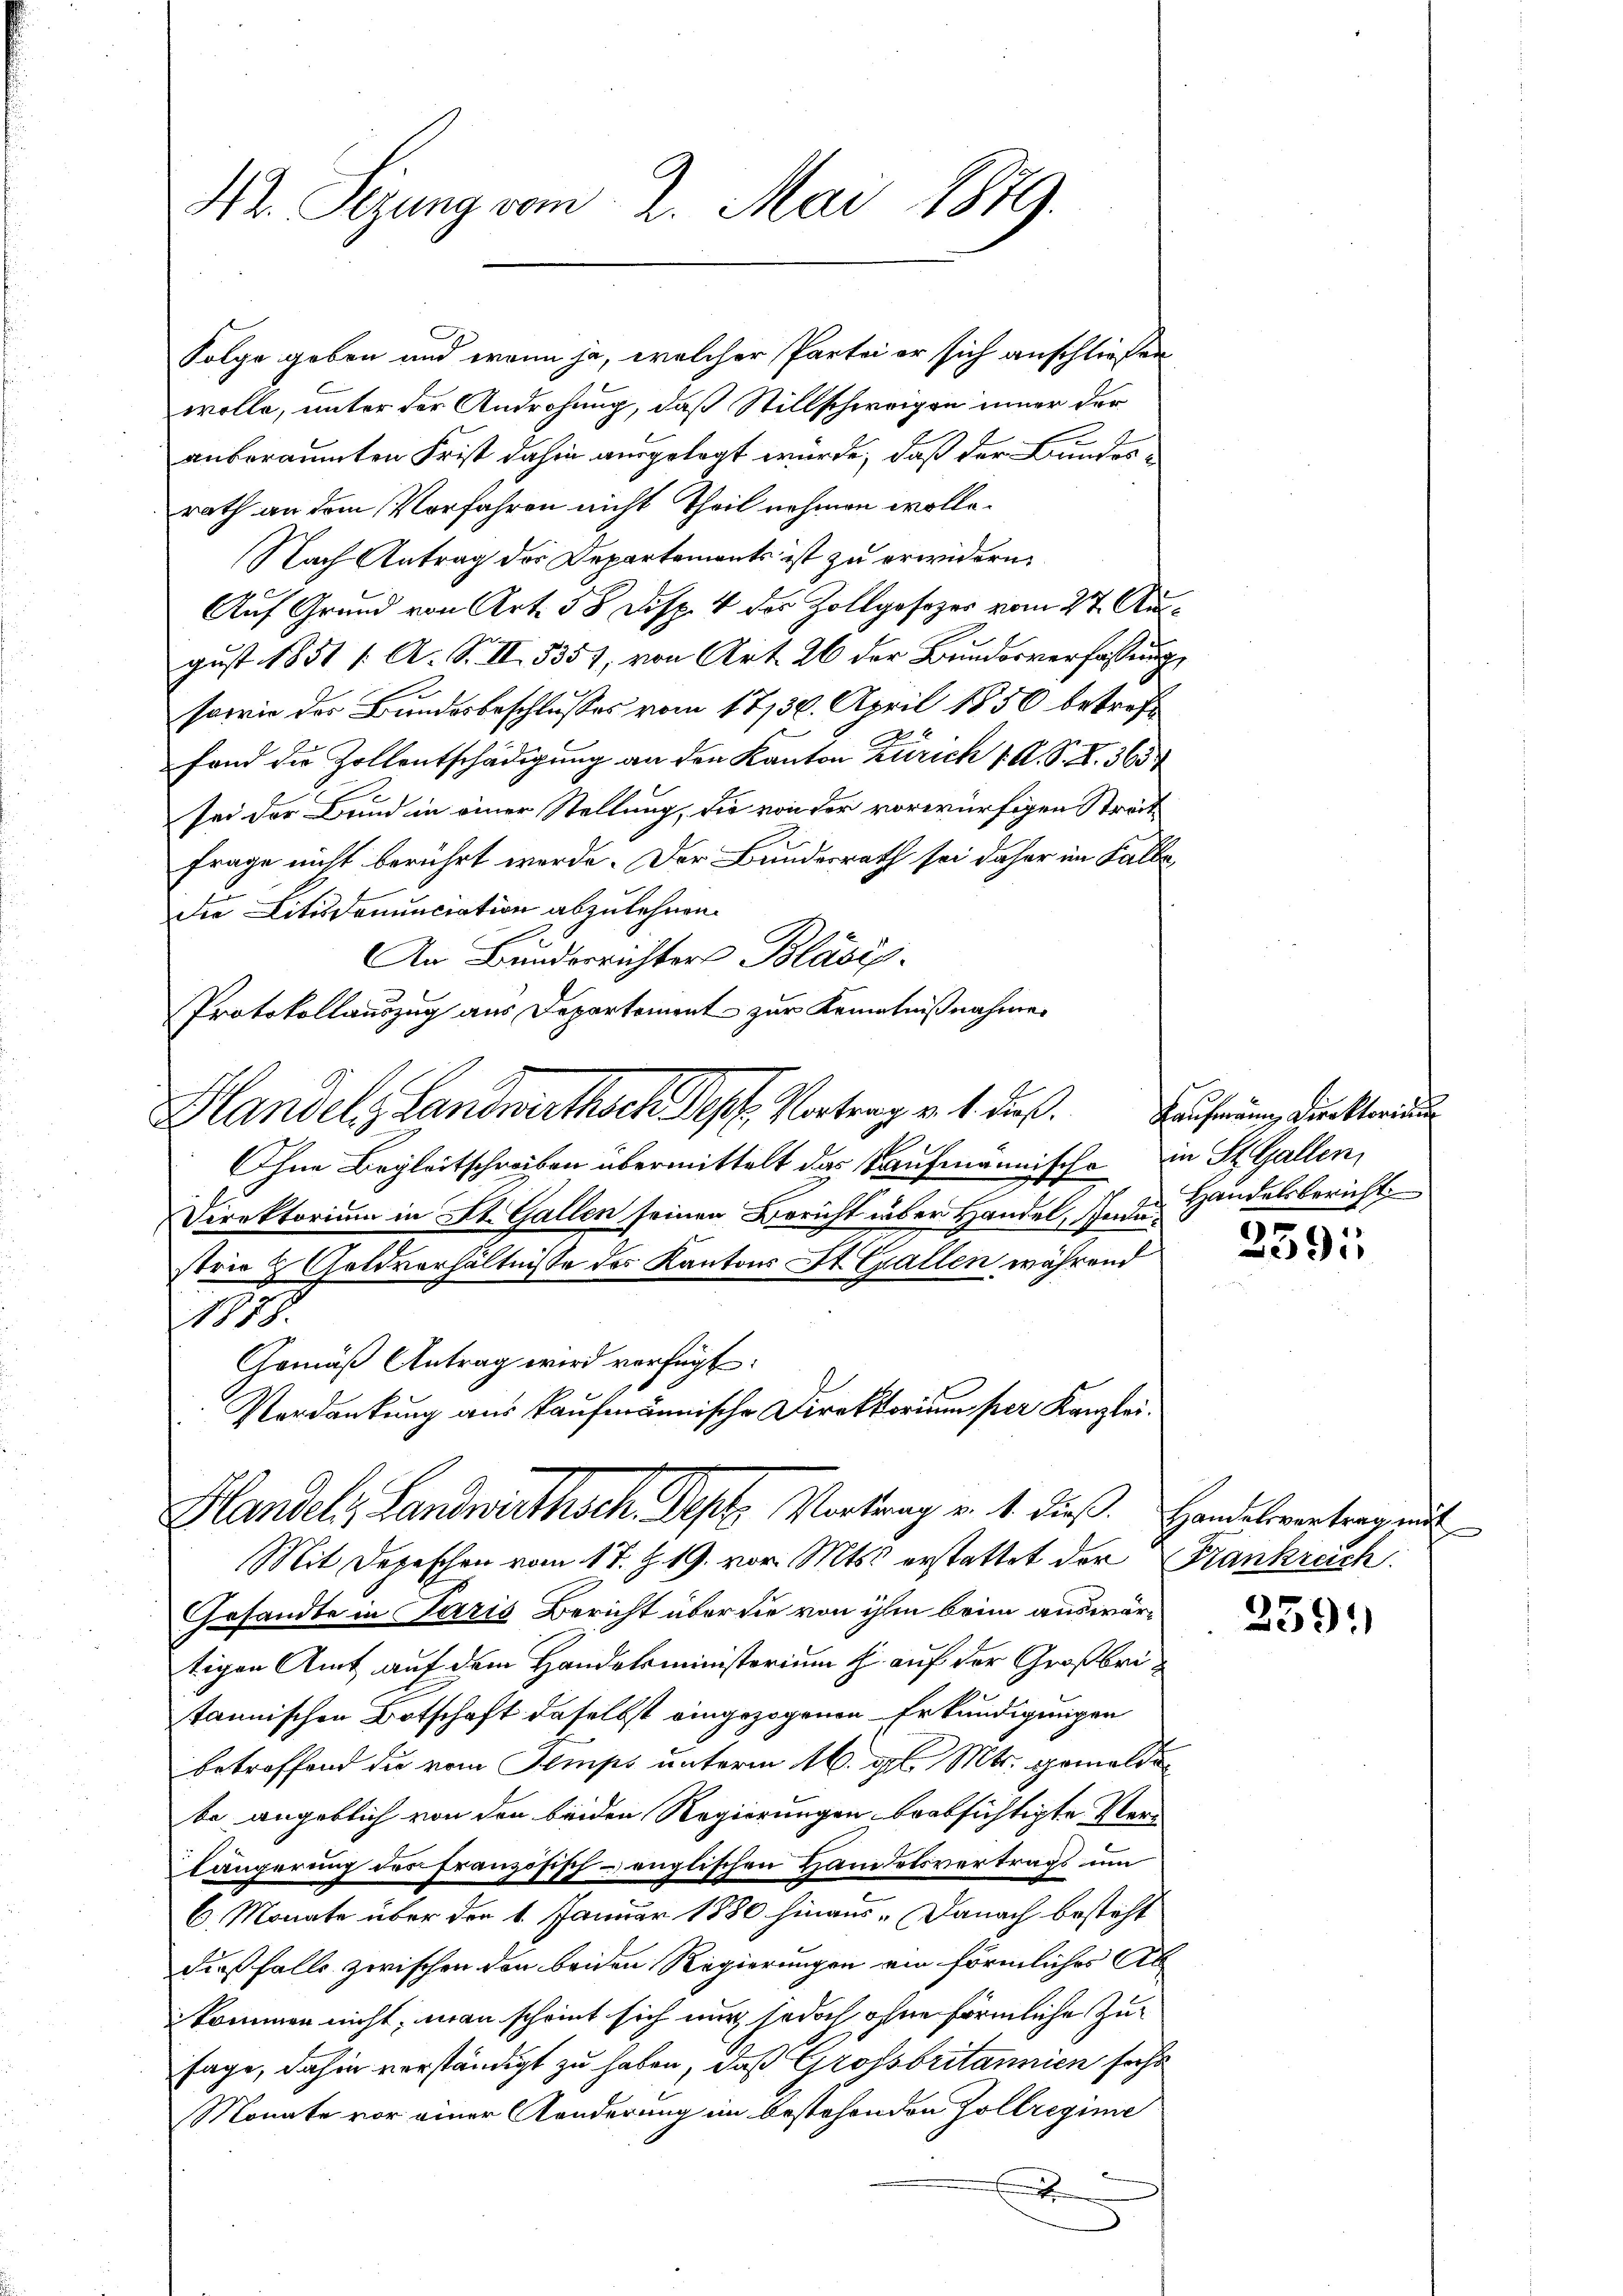
Folge geben und wenn ja, welcher Partei er sich anschließen
wolle, unter der Androhung, daß Stillschweigen inner der
anberaumten Frist dahin ausgelegt würde, daß der Bunderrath an dem Vorfahren nicht Theil nehmen wolle.
Nach Antrag der Departements ist zu erwidern.
Auf Grund von Art. 58 Disp. 4 der Zollgesezer vom 27. Ausgust 1851 f. A. S. II 5357, von Art. 26 der Bundesverfassung,
sowie des Bundesbeschlusses vom 17/30. April 1850 betreffand die Zollentschädigung an den Kanton Zürich 1. A. S. Z. 365
sei der Bund in einer Stellung, die von der vorwürfigen Streit
frage nicht berührt werde. Der Bundesrath sei daher im Falle
die Litisdonunciation abzulehnen.
An Bunderrichters Blasis.
Protokollauszug aus Departement zur Kenntnißnahme
Hlandels Landwirthsche Sept. Vortrag v. 1. dieß.
hne Begleitschreiben übermittelt das Kaufmännische in St. Gallen,
Direktorium in St. Gallen seinen Bericht über Handel, Indes Handelsbericht
strie & Geldverhältnisse des Kantons St. Gallen während
11878.
Gemäß Antrag wird verfügt:
Verdankung aus kaufmännische Direktorium per Kanzlei.
Flandeli, Landwirthsch. Sept. Vortrag v. 4. dieß. Handelsvertrag an

Hr. Sizung vom 2. Mai 1879.

Mit Depeschen vom 17. Z. 19. vor. Mts. erstattet der Frankrech
Gesandte in Paris Bericht über die von ihm beim auswärtigen Amt auf dem Handelsministerium h. auf der Großbritannischen Botschaft daselbst eingezogenen Erkundigungen
betreffend die vom Semps unterm 16. gl. Mts. gemelden
be angeblich von den beiden Regierungen beabsichtigte Verlängerung des Französisch- englischen Handelsvertrags um
6. Monate über den 1. Januar 1880 hinaus. Danach besteht
dießfalls zwischen den beiden Regierungen ein förmliches Ab
kommen nicht, man scheint sich nur jedoch ohne förmliche Zusage, dahin verständigt zu haben, daß Grossbritannien sehe
Monate vor einer Aenderung im bestehenden Goltregime
E

Kaufmannig Direktoriu

2391

239: